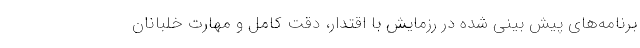
برنامه‌های پیش بینی شده در رزمایش با اقتدار، دقت کامل و مهارت خلبانان